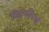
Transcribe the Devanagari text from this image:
विद्युत्परिपथों